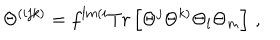
\Theta ^ { ( i j k ) } = f ^ { l m ( i } T r \left[ \Theta ^ { j } \Theta ^ { k ) } \Theta _ { l } \Theta _ { m } \right] \, ,